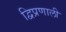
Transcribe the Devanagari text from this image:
द्विप्रणाली